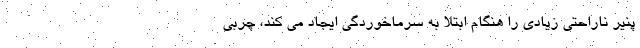
پنیر ناراحتی زیادی را هنگام ابتلا به سرماخوردگی ایجاد می کند، چربی